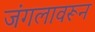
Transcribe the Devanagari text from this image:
जंगलावरून